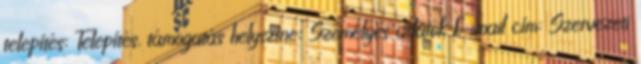
telepítés: Telepítés, támogatás helyszíne: Személyes adatok E-mail cím: Szervezeti